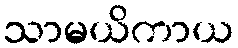
သာမယိကာယ